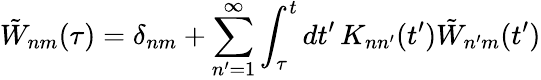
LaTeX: \tilde{W}_{nm}(\tau)=\delta_{nm}+\sum_{n^{\prime}=1}^{\infty}\int_{\tau}^{t}dt^{\prime}\, K_{nn^{\prime}}(t^{\prime})\tilde{W}_{n^{\prime}m}(t^{\prime})